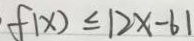
f ( x ) \leq \vert 2 x - 6 \vert